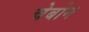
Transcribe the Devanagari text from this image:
चेबोन